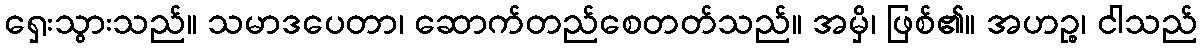
ရှေးသွားသည်။ သမာဒပေတာ၊ ဆောက်တည်စေတတ်သည်။ အမှိ၊ ဖြစ်၏။ အဟဉ္စ၊ ငါသည်